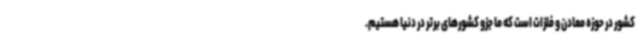
کشور در حوزه معادن و فلزات است که ما جزو کشورهای برتر در دنیا هستیم.